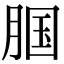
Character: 腘